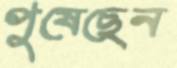
পুষেছেন